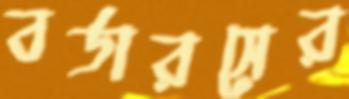
বর্ডারসের